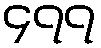
၄၇၇